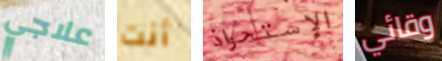
علاجي أنت الإستحواذ وقائي